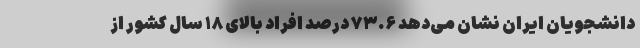
دانشجویان ایران نشان می‌دهد ۷۳.۶ درصد افراد بالای ۱۸ سال کشور از